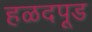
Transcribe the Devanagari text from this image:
हळदपूड